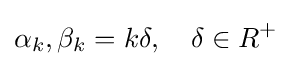
\alpha _{k},\beta _{k}=k\delta ,\quad \delta \in R^{+}